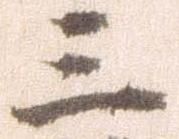
三